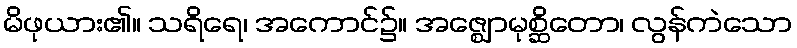
မိဖုယား၏။ သရိရေ၊ အကောင်၌။ အဇ္ဈောမုစ္ဆိတော၊ လွန်ကဲသော